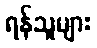
ရန်သူများ